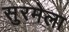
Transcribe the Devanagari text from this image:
सुरमेला